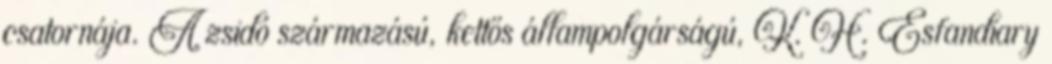
csatornája. A zsidó származású, kettős állampolgárságú, K. H. Esfandiary